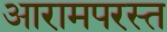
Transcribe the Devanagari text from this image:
आरामपरस्त